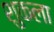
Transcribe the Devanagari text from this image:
शुकला